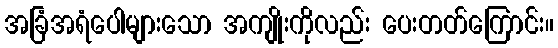
အခြံအရံပေါများသော အကျိုးကိုလည်း ပေးတတ်ကြောင်း။